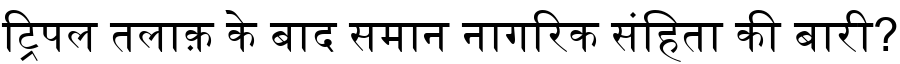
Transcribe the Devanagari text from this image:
ट्रिपल तलाक़ के बाद समान नागरिक संहिता की बारी?